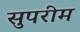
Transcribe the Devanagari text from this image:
सुपरीम